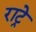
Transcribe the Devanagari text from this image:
राट्रे